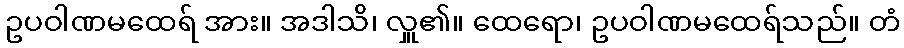
ဥပဝါဏမထေရ် အား။ အဒါသိ၊ လှူ၏။ ထေရော၊ ဥပဝါဏမထေရ်သည်။ တံ